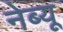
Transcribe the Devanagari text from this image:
नेब्यू